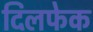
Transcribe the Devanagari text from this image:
दिलफेक